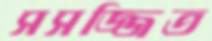
সসজ্জিত